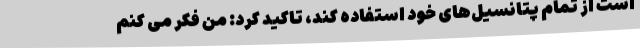
است از تمام پتانسیل‌های خود استفاده کند، تاکید کرد: من فکر می کنم